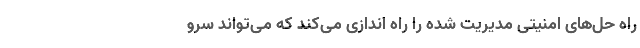
راه حل‌های امنیتی مدیریت شده را راه اندازی می‌کند که می‌تواند سرو